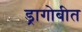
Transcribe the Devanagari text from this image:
ड्रागोबीत